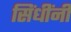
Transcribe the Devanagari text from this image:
सिंधींनी